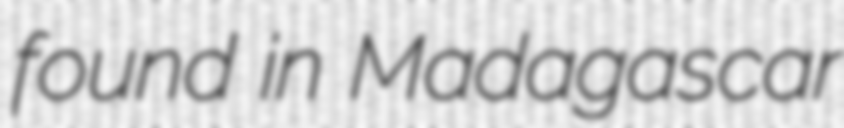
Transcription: found in Madagascar